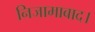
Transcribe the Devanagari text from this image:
निजामाबाद।